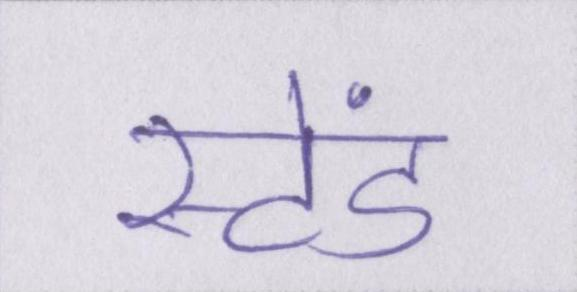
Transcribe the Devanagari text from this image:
स्टेंड